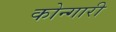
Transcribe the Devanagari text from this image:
कोन्गारी